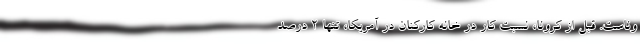
وناست. قبل از کرونا، نسبت کار در خانه کارکنان در آمریکا، تنها 2 درصد